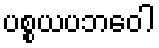
ပစ္စယပဘဝေါ